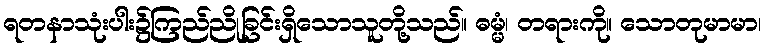
ရတနာသုံးပါး၌ကြည်ညိုခြင်းရှိသောသူတို့သည်။ ဓမ္မံ၊ တရားကို။ သောတုမာမာ၊